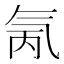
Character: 氞